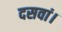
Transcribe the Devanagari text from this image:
दसवां।